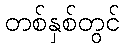
တစ်နှစ်တွင်